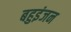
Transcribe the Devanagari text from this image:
बहुइंजन